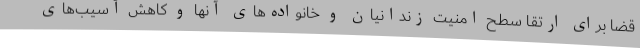
قضا برای ارتقا سطح امنیت زندانیان و خانواده‌های آنها و کاهش آسیب‌های